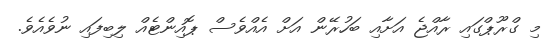
މި ގްރޫޕްގައި ރާއްޖެ އަށާއި ބަހުރޭން އަށް އެއްވެސް ޕޮއިންޓެއް ލިބިފައި ނުވެއެވެ.